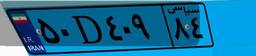
۵۰D۴۰۹۸۴